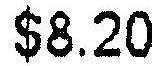
$8.20